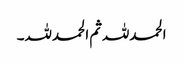
الحمدللہ ثم الحمدللہ۔